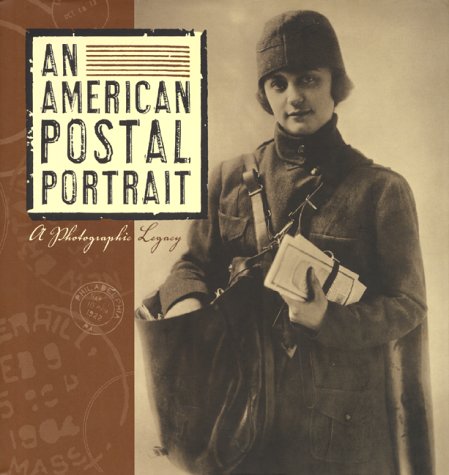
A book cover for An American Postal Portrait: A Photographic Legacy; The U.S. Postal Service; Crafts, Hobbies & Home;